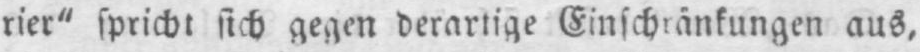
aus,